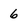
Character: 6